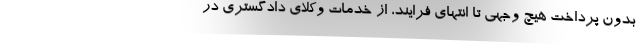
بدون پرداخت هیچ وجهی تا انتهای فرایند، از خدمات وکلای دادگستری در